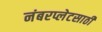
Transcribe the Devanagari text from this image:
नंबरप्लेटसाठी